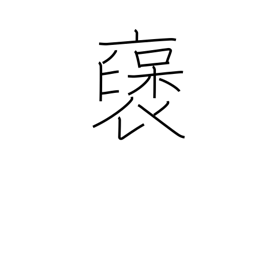
Meaning: praise